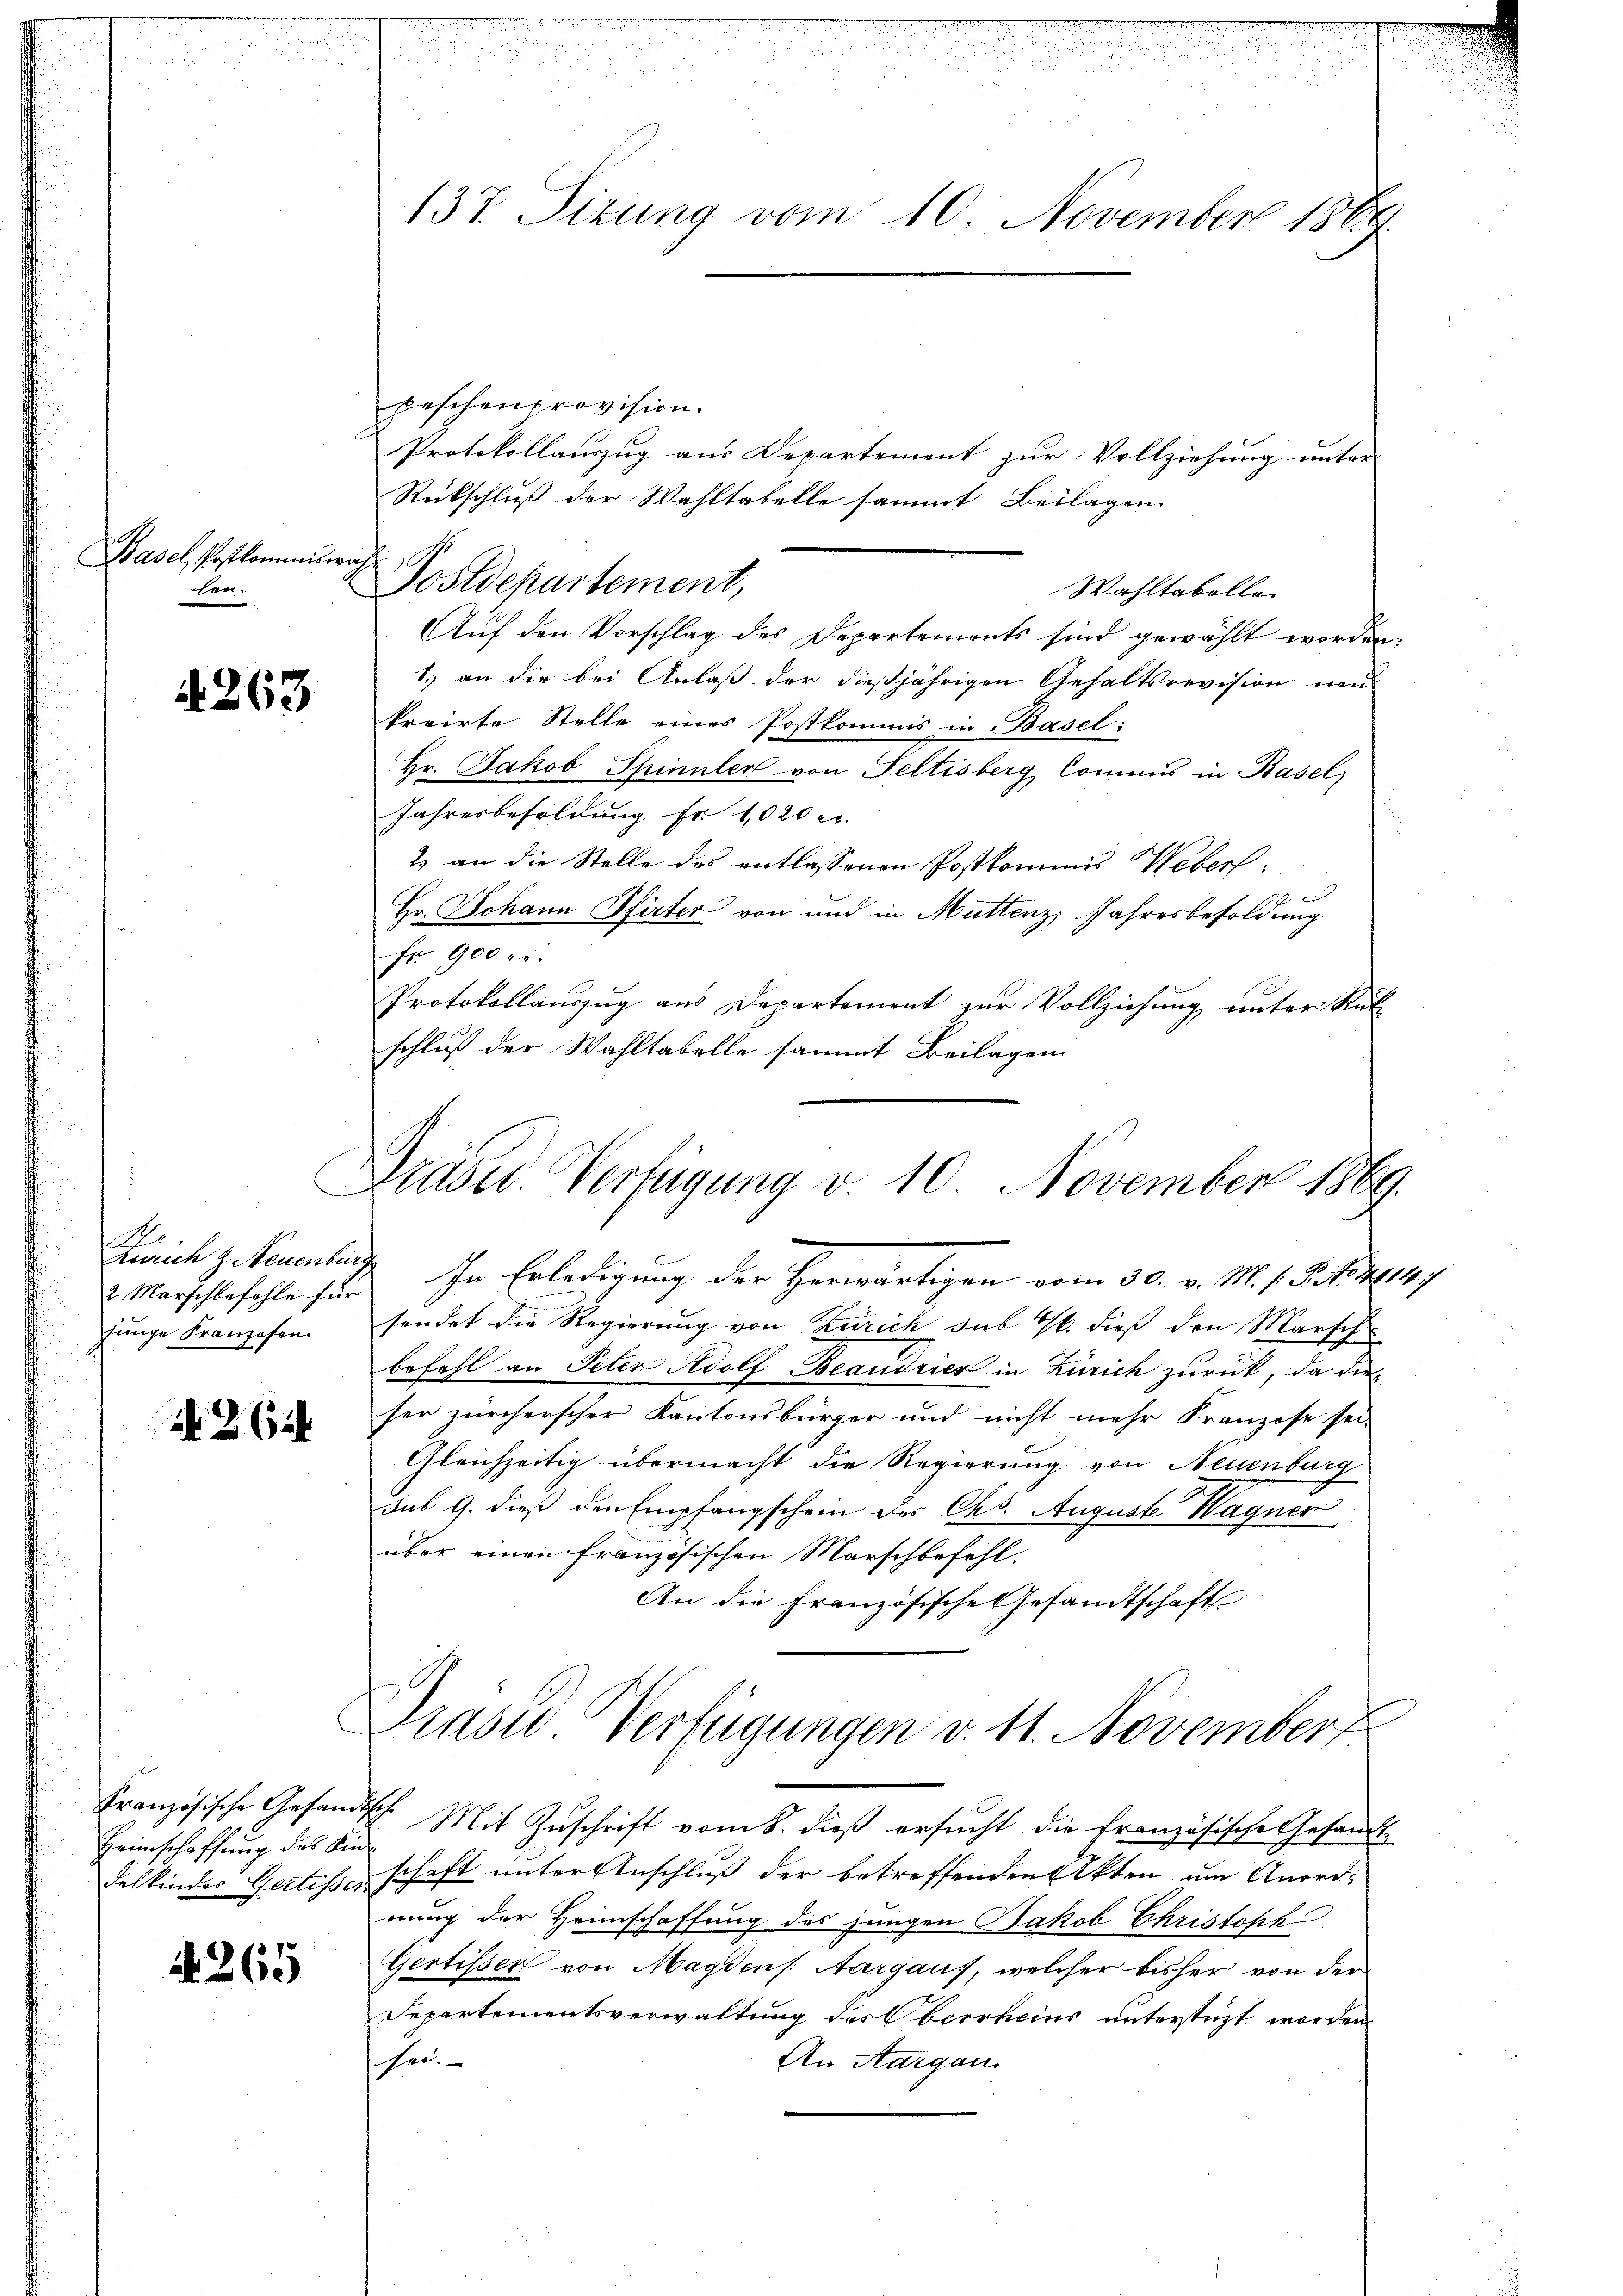
Basel, Postkommisere.

4263

A
Zürich z. Neuenbur
2. Marschbefehle für
funge Franzosen.

A 262

Heimschaffung des Kin-
delkindes Gertissen

A. 265

peschenprovision.
Protokollauszug aus Departement zur Vollziehung unter
Rückschluß der Wahltabelle sammt Beilagen
auch
Postdepartement,
Wahltabelle
Auf den Vorschlag des Departements sind gewählt worden.
1.) an die bei Anlaß der dießjährigen Gehaltsrevision neu
krrirte Stelle eines Postkommis in Basel:
Hr. Jakob Spinnler von Seltisberg Commis in Basel
Jahresbesoldung Fr. 1020 c.
1) an die Stelle des entlassenen Postkommnis Webers
2. Ei
Hr. Johann Pfirter von und in Muttenz, Jahresbesoldung
Fr. 900.
Protokollauszug aus Departement zur Vollziehung unter Rück-
schluß der Wahltabelle sammt Beilagen

137. Sizung vom 10. November 1889.

Brasid. Verfügung v. 10 November 1869.

In Erledigung der Herwärtigen vom 30. v. M. s. S. to 214,
sendet die Regierung von Zürich sub 1/6. dieß den Marsch
befehl an Peter Adolf Beaudrier in Zürich zurück, da die
her zürcherscher Kantonsbürger und nicht mehr Franzose sei-
Gleichzeitig übermacht die Regierung von Neuenburg
sub 9. dieß den Empfangschein der Chs. Auguste Wagner
über einen französischen Marschbefehl.
An die Französische Gesandtschaft
Präsid. Verfügungen v. 11. November
Französische Gesandtsch. Mit Zŭschrift vom 8. dieβ ersŭcht die Französische Gesandt-
schaft unter Anschluß der betreffenden Akten am Anordnung der Heimschaffung des jungen Jakob Christoph
Gertissen von Magdens. Aargaus, welcher bisher von der
Separtementsverwaltung des Oberrheins unterstüzt worden.
An Aargau
See.